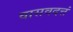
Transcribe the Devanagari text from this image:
वासवदत्तं